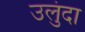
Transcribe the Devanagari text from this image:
उलुंदा